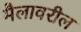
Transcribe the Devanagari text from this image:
मैलावरील